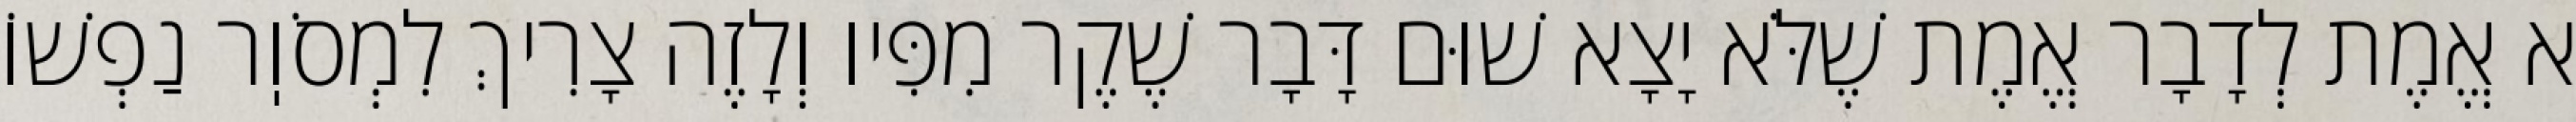
א אֱמֶת לְדָבָר אֱמֶת שֶׁלֹּא יָצָא שׁוּם דָּבָר שֶׁקֶר מִפִּיו וְלָזֶה צָרִיךְ לִמְסֹוֽר נַפְשׁוֹ